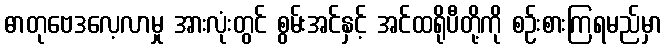
ဓာတုဗေဒလေ့လာမှု အားလုံးတွင် စွမ်းအင်နှင့် အင်ထရိုပီတို့ကို စဉ်းစားကြရမည်မှာ